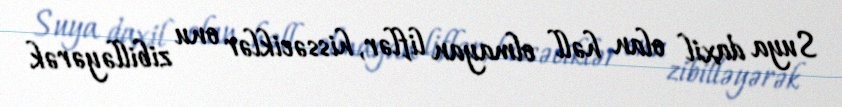
Suya daxil olan həll olmayan liflər, hissəciklər onu zibilləyərək